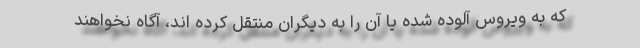
که به ویروس آلوده شده یا آن را به دیگران منتقل کرده اند، آگاه نخواهند